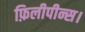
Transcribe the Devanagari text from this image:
फ़िलीपीन्स।